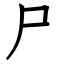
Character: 尸